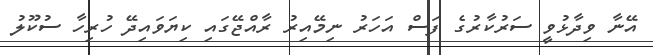
އޭނާ ވިދާޅުވީ ސަރުކާރުގެ ފަސް އަހަރު ނިމޭއިރު ރާއްޖޭގައި ކިޔަވައިދޭ ހުރިހާ ސުކޫލު